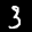
Label: 3